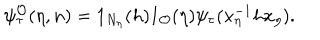
\psi _ { \tau } ^ { \mathcal { O } } ( \eta , n ) = 1 _ { N _ { \eta } } ( h ) 1 _ { \mathcal { O } } ( \eta ) \psi _ { \tau } ( x _ { \eta } ^ { - 1 } h x _ { \eta } ) .